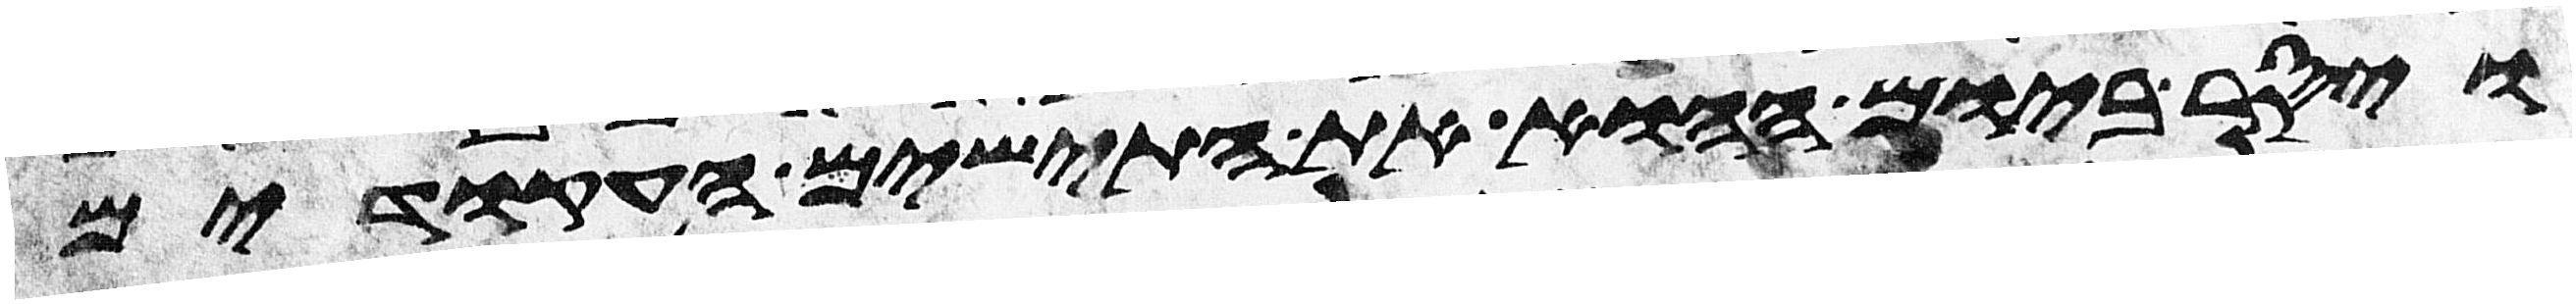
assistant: ויסר ביום ההוא את התישים העקודים